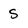
Character: S